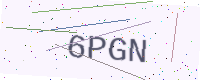
Text: 6PGN